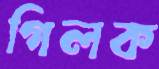
গিলক